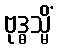
ဗုဒ္ဓသ္မိံ